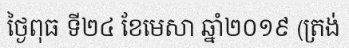
ថ្ងៃពុធ ទី២៤ ខែមេសា ឆ្នាំ២០១៩ (ត្រង់